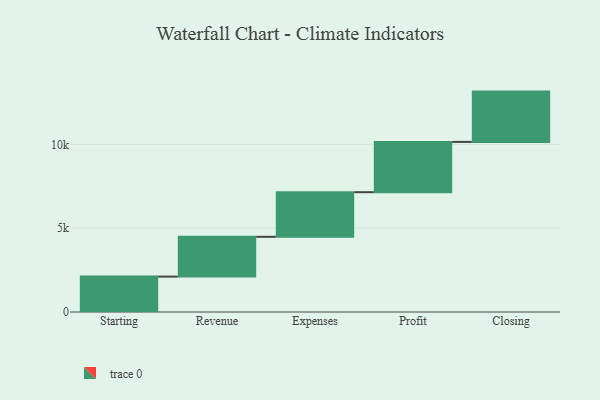
{"axis": {"x": "Step", "y": "Value"}, "legend": [""], "data": [{"x": "Starting", "y": 2111.0, "type": ""}, {"x": "Revenue", "y": 2374.0, "type": ""}, {"x": "Expenses", "y": 2661.0, "type": ""}, {"x": "Profit", "y": 3000, "type": ""}, {"x": "Closing", "y": 3000, "type": ""}]}